Report of the Imperial Institute of Veterinary Research, Muktesar
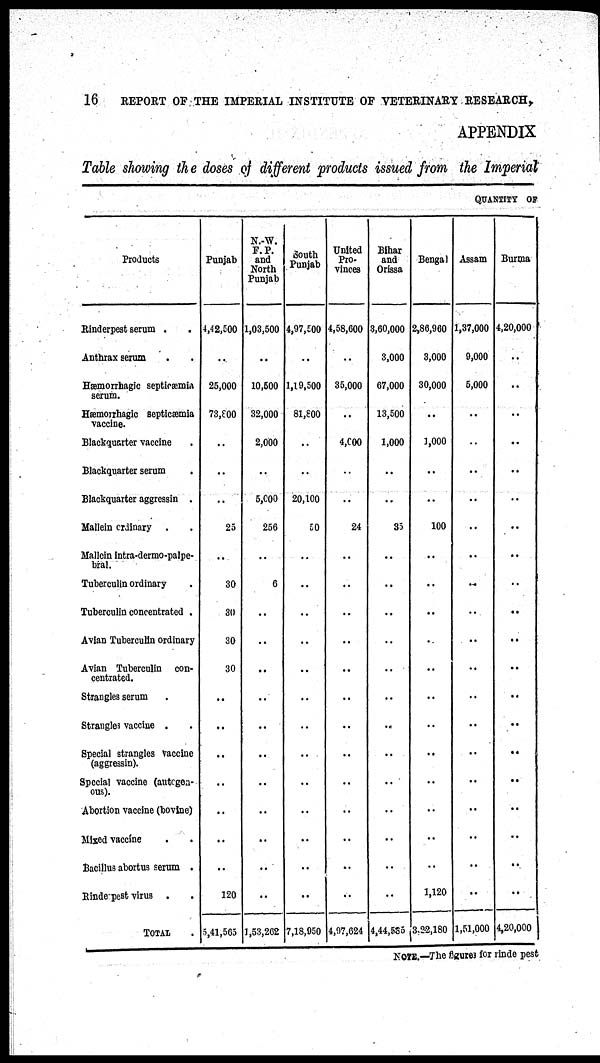
16
REPORT OF THE IMPERIAL INSTITUTE OF VETERINARY RESEARCH,
APPENDIX
Table showing the doses of different products issued from the Imperial
QUANTITY OF
Products
Rinderpest serum .
Anthrax serum
Hæmorrhagic septicæmia
serum.
Hæmoirhagic Septicæmia
vaccine.
Blackquarter vaccine
Blackquarter serum
Blackquarter aggressin .
Mallein ordinary .
Mallein intra-dermo-palpe¬
bral.
Tuberculin ordinary
Tuberculin concentrated .
Avian Tuberculin ordinary
Avian Tuberculin con-
centrated.
Strangles serum
Strangles vaccine .
Special strangles vaccine
(aggressin).
Special vaccine (autogen-
ous).
Abortion vaccine (bovine)
Mixed vaccine
Bacillus abortus serum .
Rindepest virus .
TOTAL
Punjab
4,42,500
..
25,000
73,800
..
..
..
25
..
30
30
30
30
..
..
..
..
..
...
..
120
5,41,565
N. W.
F.P.
and
North
Punjab
1,03,500
..
10,500
32,000
2,000
..
5.000
256
..
6
..
..
..
..
..
..
..
..
..
..
..
1,53,262
South
Punjab
4,97,500
..
1,19,500
81,800
..
..
20,100
50
..
..
..
..
..
..
..
..
..
..
..
..
..
7,18,950
United
Pro¬
vinces
4,58,600
..
35,000
..
4,000
..
..
24
..
..
..
..
..
..
..
..
..
..
..
...
..
4,97,624
Bihar
and
Orissa
3,60,000
3,000
67,000
13,500
1,000
..
..
35
..
..
..
..
..
..
..
..
..
..
..
..
..
4,44,535
Bengal
2,86,960
3,000
30,000
..
1,000
..
..
100
..
..
..
..
..
..
..
..
..
..
..
..
1,120
3,22,180
Assam
1,37,000
9,000
5,000
..
..
..
..
..
..
..
..
..
..
..
..
..
..
..
..
..
..
1,51,000
Burma
4,20,000
..
..
..
..
..
..
..
..
..
..
..
..
..
..
..
..
..
..
..
..
4,20,000
NOTE.—The figures for rinderpest